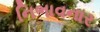
નિભાવનાર